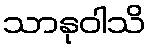
သာနုဝါသိ